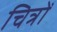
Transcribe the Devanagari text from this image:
चित्रोँ